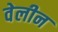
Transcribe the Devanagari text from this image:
वेलीन